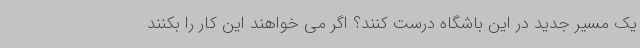
یک مسیر جدید در این باشگاه درست کنند؟ اگر می خواهند این کار را بکنند